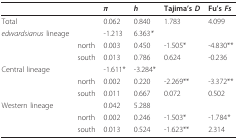
<table><thead><tr><td></td><td></td><td><b><i>π</i></b></td><td><b><i>h</i></b></td><td><b>Tajima&#x27;s <i>D</i></b></td><td><b>Fu&#x27;s <i>Fs</i></b></td></tr></thead><tbody><tr><td>Total</td><td></td><td>0.062</td><td>0.840</td><td>1.783</td><td>4.099</td></tr><tr><td><i>edwardsianus </i>lineage</td><td></td><td>-1.213</td><td>6.363<i>*</i></td><td></td><td></td></tr><tr><td></td><td>north</td><td>0.003</td><td>0.450</td><td>-1.505*</td><td>-4.830**</td></tr><tr><td></td><td>south</td><td>0.013</td><td>0.786</td><td>0.624</td><td>-0.236</td></tr><tr><td>Central lineage</td><td></td><td>-1.611*</td><td>-3.284*</td><td></td><td></td></tr><tr><td></td><td>north</td><td>0.002</td><td>0.220</td><td>-2.269**</td><td>-3.372**</td></tr><tr><td></td><td>south</td><td>0.011</td><td>0.667</td><td>0.072</td><td>0.502</td></tr><tr><td>Western lineage</td><td></td><td>0.042</td><td>5.288</td><td></td><td></td></tr><tr><td></td><td>north</td><td>0.002</td><td>0.246</td><td>-1.503*</td><td>-1.784<i>*</i></td></tr><tr><td></td><td>south</td><td>0.013</td><td>0.524</td><td>-1.623**</td><td>2.314</td></tr></tbody></table>